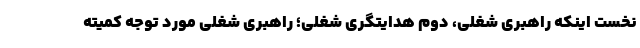
نخست اینکه راهبری شغلی، دوم هدایتگری شغلی؛ راهبری شغلی مورد توجه کمیته